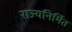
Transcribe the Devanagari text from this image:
राज्यनिर्मित